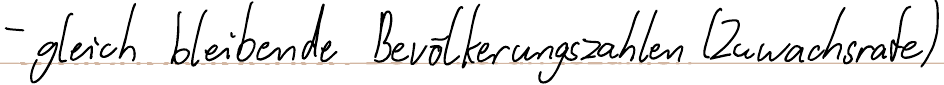
- gleich bleibende Bevölkerungszahlen (Zuwachsrate)